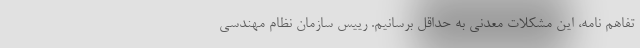
تفاهم نامه، این مشکلات معدنی به حداقل برسانیم. رییس سازمان نظام مهندسی